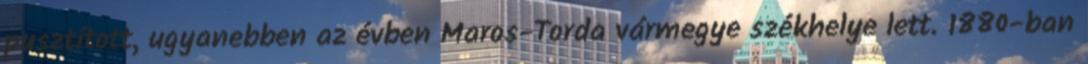
pusztított, ugyanebben az évben Maros-Torda vármegye székhelye lett. 1880-ban